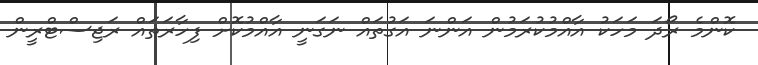
ކޮންމެ ރޯދަ މަހަކު އާއްމުކުރަމުން އަންނަ އަގުތައް ނަގަނީ އާއްމުކޮށް ފިހާރަތައް ރަޖިސްޓްރީން